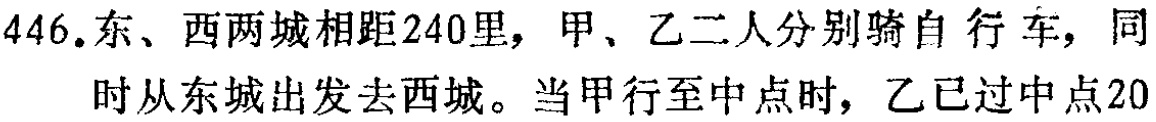
446.东、西两城相距240里，甲、乙二人分别骑自行车，同

时从东城出发去西城。当甲行至中点时，乙已过中点20